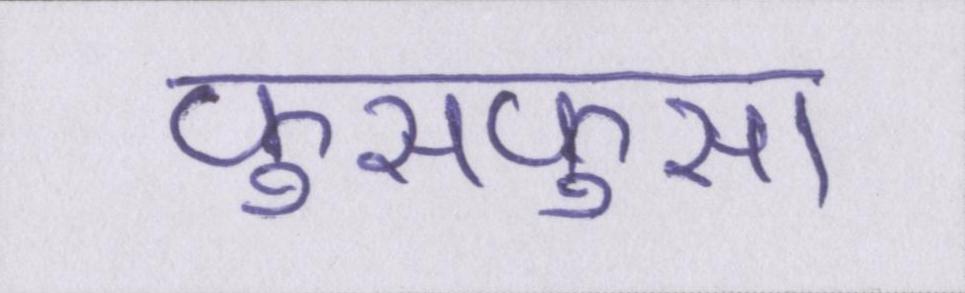
फुसफुसा